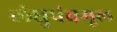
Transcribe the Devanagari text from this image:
लंघुपंचमूल